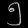
Digit: ၅